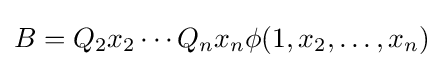
B=Q_{2}x_{2}\cdots Q_{n}x_{n}\phi (1,x_{2},\dots ,x_{n})